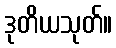
ဒုတိယသုတ်။